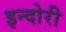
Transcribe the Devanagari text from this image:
इन्दोरी